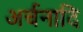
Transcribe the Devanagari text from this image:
अर्चनादि